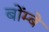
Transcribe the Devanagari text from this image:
बोंम्बे